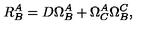
R _ { B } ^ { A } = D \Omega _ { B } ^ { A } + \Omega _ { C } ^ { A } \Omega _ { B } ^ { C } ,